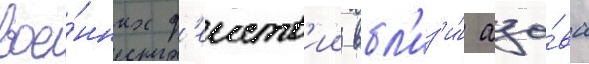
вое́нных д'еиств'ии вбл'из'и́ азо́ва